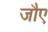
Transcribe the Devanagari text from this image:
जौए